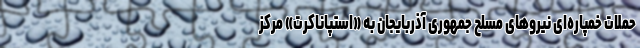
حملات خمپاره‌ای نیروهای مسلح جمهوری آذربایجان به «استپاناکرت» مرکز